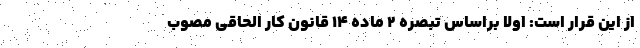
از این قرار است: اولاً براساس تبصره ۲ ماده ۱۴ قانون کار الحاقی مصوب